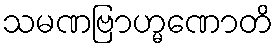
သမဏဗြာဟ္မဏောတိ